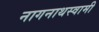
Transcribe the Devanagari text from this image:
नागनाथस्वामी